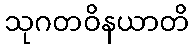
သုဂတဝိနယာတိ